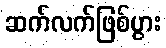
ဆက်လက်ဖြစ်ပွား